Vaccine operations Central Provinces 1900-1911 - 1900-1911
Year: 1900
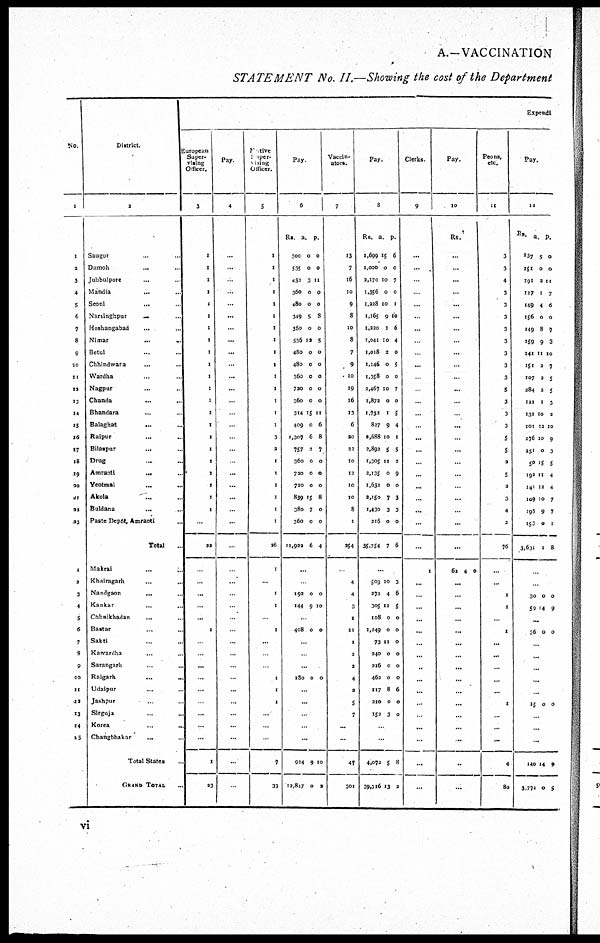
A.—VACCINATION
STATEMENT No. II.—Showing the cost of the Department
No.
1
1
3
3
4
5
6
7
8
9
10
11
13
13
14
15
16
17
18
19
20
21
22
23
1
2
3
4
5
6
7
8
9
10
11
43
13
14
15
District.
2
Saugor . .
Damoh
... ...
Jubbulpore ... ...
Mandla ... ...
Seoni ...
Narsinghpur ... ...
Hoshangabad
... ...
Nimar
...
...
Betul ... ...
Chhindwara
...
Wardha ... ...
Nagpur ... ...
Chanda ... ...
Bhandara ... ...
Balaghat
...
Raipur
...
..
Bilaspur
... ...
Drug ... ...
Amraoti
...
...
Yeotmal ... ...
Akola
...
...
Buldana ... ...
Paste Depôt, Amraoti ...
Total ...
Makrai
...
...
Khairagarh ... ...
Nandgaon
...
Kankar ... ...
Chhuikhadan ... ...
Bastar ... ...
Sakti ... ...
Kawardha ... ...
Sarangarh ... ...
Raigarh ... ...
Udaipur ... ...
Jashpur ... ...
Sirguja ... ...
Korea
...
...
Changbhakar
... ...
Total States
GRAND TOTAL ...
Expendi
European
Super-
vising
Officer.
3
1
1
1
1
1
1
1
1
1
1
1
1
1
1
1
1
1
1
1
1
1
1
...
22
..
...
...
...
...
1
.
...
..
...
...
...
...
...
1
23
Pay
4
...
...
.
.
...
...
...
...
...
..
...
...
..
...
...
...
...
.
...
...
...
...
...
...
.
...
...
...
...
...
...
...
...
..
...
...
...
...
...
...
.
Native
Super¬
vising
Officer.
5
1
1
1
1
1
1
1
1
1
1
1
1
1
1
1
1
1
1
1
1
1
1
1
26
1
...
1
1
..
1
...
...
...
1
1
1
...
...
..
7
33
Pay
6
Rs.
300
535
432
360
480
349
360
536
480
480
360
720
360
314
409
1,307
757
360
720
730
839
380
360
11,933
a.
0
0
3
0
0
5
0
12
0
0
0
0
0
15
0
6
3
0
0
0
15
7
0
6
p.
0
0
11
0
0
8
0
5
0
0
0
0
0
11
6
8
7
0
0
0
8
0
0
4
...
...
192
144
0
9
0
10
.
408 0 0
...
130 0 0
...
...
..
...
...
934
12,847
9
0
10
2
Vaccin-
ators.
7
13
7
16
10
9
8
10
8
7
9
10
19
16
13
6
20
33
10
12
10
10
8
1
254
4
4
3
1
11
1
2
3
4
3
5
7
...
.
47
301
Pay.
8
Rs.
1,699
1,000
2,170
1,356
1,228
1,165
1,220
1,041
1,018
1,146
1,358
2,467
1,873
1,732
827
2,688
2,892
1,305
2,135
1,632
2,150
1,430
216
35,754
a.
15
0
10
0
10
9
1
10
2
0
0
10
0
1
9
10
5
11
0
0
7
3
0
7
p.
6
0
7
0
1
10
6
4
0
5
0
7
0
5
4
1
5
2
9
0
3
3
0
6
...
503
272
305
108
1,249
73
240
216
463
117
210
152
10
4
12
0
0
11
0
0
0
8
0
3
3
6
5
0
0
0
0
0
0
6
0
0
..
...
4,072
39,716
5
13
8
3
Clerks.
9
...
...
...
...
...
...
...
...
...
...
.
...
...
...
...
..
...
...
...
.
...
..
..
1
...
.
...
...
...
..
...
...
...
...
..
...
...
...
...
...
Pay.
10
Rs.
...
...
...
...
...
...
...
..
...
..
...
...
...
.
...
..
...
...
...
...
...
...
..
...
63 4 0
...
..
...
...
...
...
...
...
...
...
...
...
...
...
..
...
Peons,
etc.
11
3
3
4
3
3
3
3
3
3
3
3
5
3
3
3
5
5
2
5
2
3
4
2
76
..
1
1
.
1
...
...
...
...
..
1
...
...
...
4
80
Pay.
12
Rs.
137
151
191
127
149
156
149
159
141
151
107
284
121
131
101
276
251
50
192
141
109
195
153
3,631
a.
5
0
2
1
4
0
8
9
11
2
3
2
1
10
12
10
0
15
11
12
10
9
0
1
p.
0
0
11
7
6
0
7
3
10
7
5
5
3
2
10
9
3
5
4
4
7
7
1
8
30
59
0
14
0
9
...
36 0 0
..
...
...
...
.
15 0 0
...
...
..
140
3,772
14
0
9
5
vi